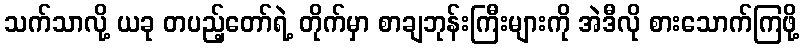
သက်သာလို့ ယခု တပည့်တော်ရဲ့ တိုက်မှာ စာချဘုန်းကြီးများကို အဲဒီလို စားသောက်ကြဖို့